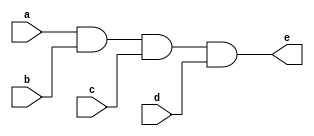
/////////////////////////////////////////
//  Functionality: 4-input AND 
////////////////////////////////////////
`timescale 1ns / 1ps

module and4(
  a,
  b,
  c,
  d,
  e);

input wire a;
input wire b;
input wire c;
input wire d;
output wire e;

assign e = a & b & c & d;

endmodule